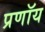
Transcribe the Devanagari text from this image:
प्रणॉय